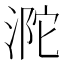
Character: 𣵻